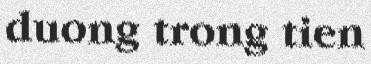
duong trong tien